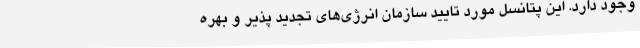
وجود دارد. این پتانسل مورد تایید سازمان انرژی‌های تجدید پذیر و بهره